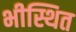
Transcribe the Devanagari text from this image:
भीस्थित